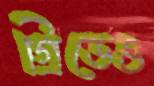
গ্রিডেও